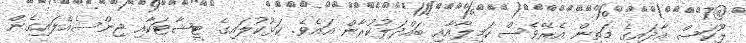
ލޫކަސް އާދައިގެ މަތިން އެރޭވެސް ކަމީލާއާއި ބައްދަލުކުރާން އައެވެ. ކަޅުކުލައިގެ ޓީޝާޓަކާއި ޖިންސެއްލައިގެން